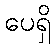
ပေရှိ